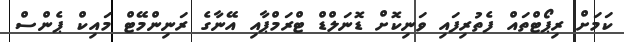
ކަމަށް ރިޕޯޓްތައް ފެތުރިފައި ވަނިކޮށް ޑޮނަލްޑް ޓްރަމްޕާއި އޭނާގެ ރަނިންމޭޓް މައިކް ޕެންސް